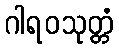
ဂါရဝသုတ္တံ